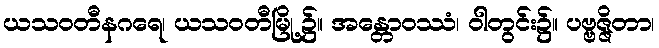
ယသဝတီနဂရေ၊ ယသဝတီမြို့၌။ အန္တောဝဿံ၊ ဝါတွင်း၌။ ပဗ္ဗဇ္ဇိတာ၊